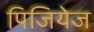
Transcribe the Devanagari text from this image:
पिजियेज